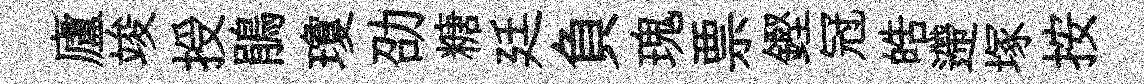
廬竣授鵑瓊劭糖廷負瑰票鏗冠皓遰塚按